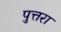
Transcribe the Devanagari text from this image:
पुत्तरा